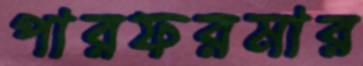
পারফরমার